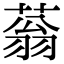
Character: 蓊